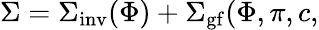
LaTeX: \Sigma=\Sigma_{\mathrm{inv}}(\Phi)+\Sigma_{\mathrm{gf}}(\Phi,\pi,c,